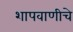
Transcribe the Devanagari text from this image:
शापवाणीचे